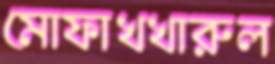
মোফাখখারুল